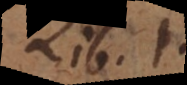
Lib. I.